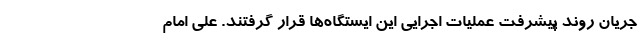
جریان روند پیشرفت عملیات اجرایی این ایستگاه‌ها قرار گرفتند. علی امام